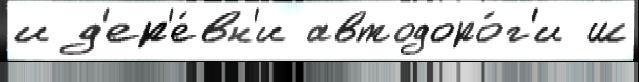
и д'ер'е́вн'и автодоро́г'и ш